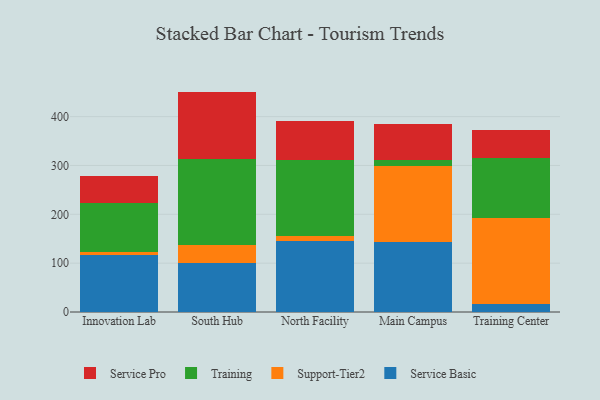
{"axis": {"x": "Campus", "y": "Conversion Rate (%)"}, "legend": ["Service Basic", "Service Pro", "Support-Tier2", "Training"], "data": [{"x": "Innovation Lab", "y": 116.2, "type": "Service Basic"}, {"x": "Innovation Lab", "y": 7.5, "type": "Support-Tier2"}, {"x": "Innovation Lab", "y": 99.8, "type": "Training"}, {"x": "Innovation Lab", "y": 54.3, "type": "Service Pro"}, {"x": "South Hub", "y": 100.2, "type": "Service Basic"}, {"x": "South Hub", "y": 37.1, "type": "Support-Tier2"}, {"x": "South Hub", "y": 175.3, "type": "Training"}, {"x": "South Hub", "y": 138.6, "type": "Service Pro"}, {"x": "North Facility", "y": 145.5, "type": "Service Basic"}, {"x": "North Facility", "y": 11.0, "type": "Support-Tier2"}, {"x": "North Facility", "y": 155.1, "type": "Training"}, {"x": "North Facility", "y": 79.5, "type": "Service Pro"}, {"x": "Main Campus", "y": 143.1, "type": "Service Basic"}, {"x": "Main Campus", "y": 155.8, "type": "Support-Tier2"}, {"x": "Main Campus", "y": 12.4, "type": "Training"}, {"x": "Main Campus", "y": 73.5, "type": "Service Pro"}, {"x": "Training Center", "y": 16.4, "type": "Service Basic"}, {"x": "Training Center", "y": 175.2, "type": "Support-Tier2"}, {"x": "Training Center", "y": 123.3, "type": "Training"}, {"x": "Training Center", "y": 58.4, "type": "Service Pro"}]}